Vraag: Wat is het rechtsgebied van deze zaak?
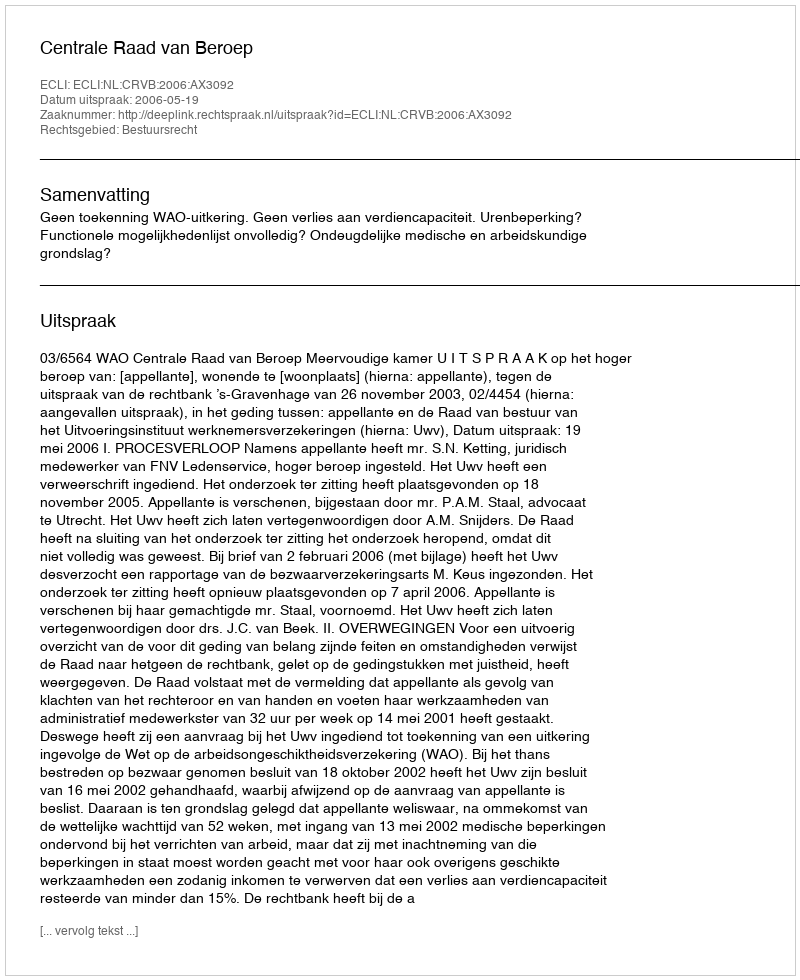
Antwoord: Bestuursrecht